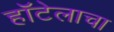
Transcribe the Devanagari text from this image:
हॉटेलाचा